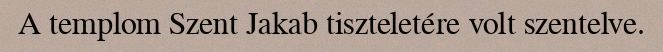
A templom Szent Jakab tiszteletére volt szentelve.